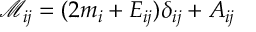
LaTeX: \mathcal { M } _ { i j } = ( 2 m _ { i } + E _ { i j } ) \delta _ { i j } + A _ { i j }